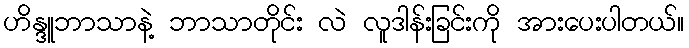
ဟိန္ဒူဘာသာနဲ့ ဘာသာတိုင်း လဲ လူဒါန်းခြင်းကို အားပေးပါတယ်။